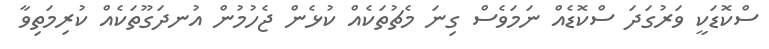
ސްކޮޑަކީ ވަރުގަދަ ސްކޮޑެއް ނަމަވެސް ގިނަ މެޗުތަކެއް ކުޅެން ޖެހުމުން އުނދަގޫތަކެއް ކުރިމަތިވާ